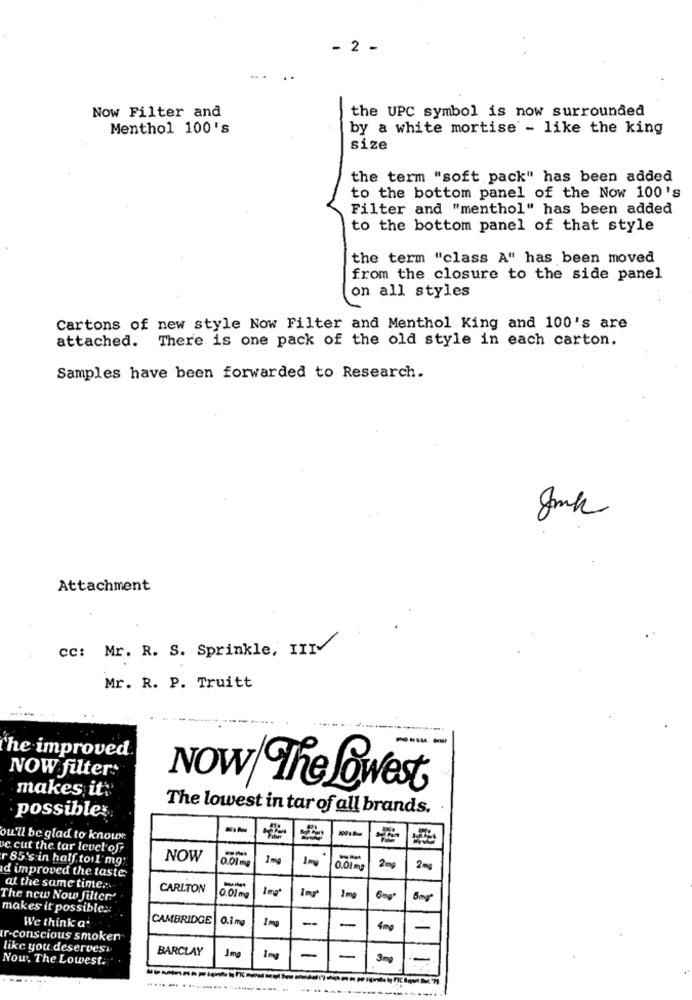
- 2 -
.. .
Now Filter and
the UPC symbol is now surrounded
Menthol 100's
by a white mortise - like the king
size
the term "soft pack" has been added
to the bottom panel of the Now 100's
Filter and "menthol" has been added
to the bottom panel of that style
the term "class A" has been moved
from the closure to the side panel
on all styles
Cartons of new style Now Filter and Menthol King and 100's are
attached. There is one pack of the old style in each carton.
Samples have been forwarded to Research.
Attachment
CC: Mr. R. S. Sprinkle, III-
Mr. R. P. Truitt
'he improved
NOW filter:
makes it"
NOW The Lowest®
possibles
The lowest in tar of all brands.
ou'll be glad to knowN:
e cut the tar level of
r 85's in half toil mg;
NOW
0.01mg
1 mg
2mg
d improved the taste
0.01mg
2m
at the same time ...
CARLTON
1mg
The new Now filter.'
0.01 m
6mg
makes it possible:
We think a.
CAMBRIDGE
0.1mg
1mg
-
-
4mg
-
r-conscious smoken
like you deserves.
BARCLAY
Now. The Lowest.
Img
1mg
-
-
3mg
....